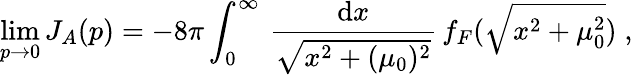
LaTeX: \operatorname*{lim}_{p\rightarrow 0}J_{A}(p)=-8\pi\int_{0}^{\infty}\, \frac{\mathrm{d}x}{\sqrt{x^{2}+(\mu_{0})^{2}}}\, f_{F}(\sqrt{x^{2}+\mu_{0}^{2}})\; ,